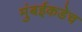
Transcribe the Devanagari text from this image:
मुंबईकडेच